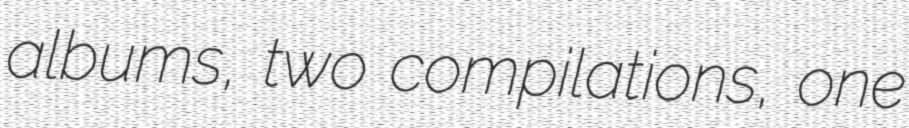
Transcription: albums, two compilations, one